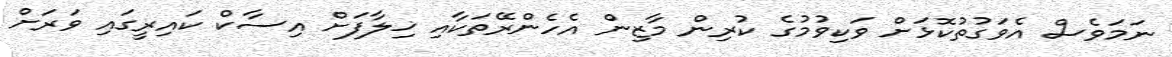
ނަމަވެސް އެވަގުތުކޮޅަށް ވަކިވުމުގެ ކުރިން މާޒިން އެހެންރޭތަކާއި ޚިލާފަށް އިސާކް ކައިރީގައި ވަރަށް